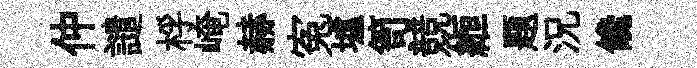
仲譴桴崦赫寃墟笥競縆题況饞